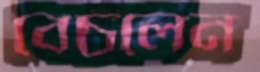
বেচলেন